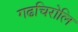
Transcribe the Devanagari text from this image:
गढचिरोलि